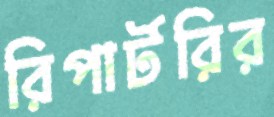
রিপার্টরির